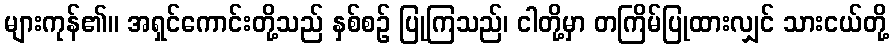
များကုန်၏။ အရှင်ကောင်းတို့သည် နှစ်စဉ် ပြုကြသည်၊ ငါတို့မှာ တကြိမ်ပြုထားလျှင် သားငယ်တို့